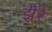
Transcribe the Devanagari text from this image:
झैरे